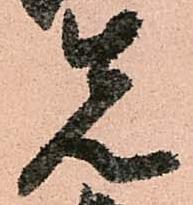
先